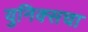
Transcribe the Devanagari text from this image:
युनिक्सचा